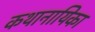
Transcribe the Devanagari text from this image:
कथानायिका